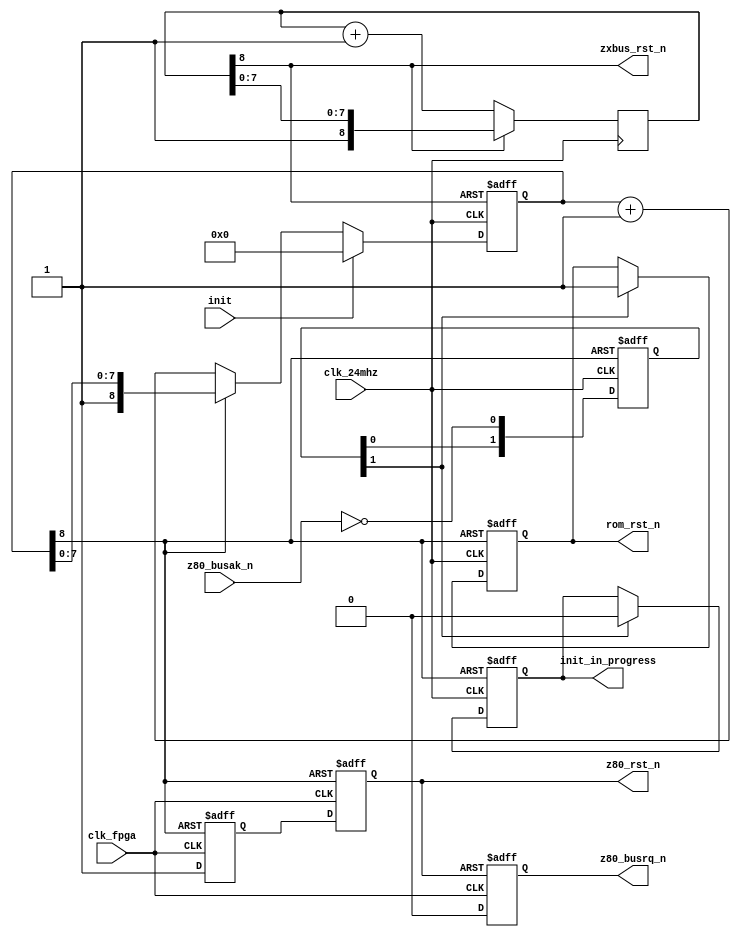
// part of NeoGS flash programmer project (c) 2014 lvd^NedoPC
//
// reset controller

module reset
(
	input  wire clk_fpga,
	input  wire clk_24mhz,

	input  wire init,
	output reg  init_in_progress,

	output wire zxbus_rst_n,
	output reg    rom_rst_n,
	output reg    z80_rst_n,

	output reg  z80_busrq_n,
	input  wire z80_busak_n
);

parameter RST_CNT_SIZE = 8;

	reg [RST_CNT_SIZE:0] poweron_rst_cnt;
	reg [RST_CNT_SIZE:0] rz_rst_cnt;

	wire poweron_rst_n = poweron_rst_cnt[RST_CNT_SIZE];

	wire rz_rst_n = rz_rst_cnt[RST_CNT_SIZE];

	reg z80_rst2;

	reg [1:0] z80_halted;


	// make overall reset from poweron
	//
	initial
		poweron_rst_cnt <= 'd0;
	//
	always @(posedge clk_24mhz)
	if( !poweron_rst_n )
		poweron_rst_cnt <= poweron_rst_cnt + 'd1;


	// make zxbus reset
	assign zxbus_rst_n = poweron_rst_n;


	// make rom/z80 reset
	//
	always @(posedge clk_24mhz, negedge poweron_rst_n)
	if( !poweron_rst_n )
		rz_rst_cnt <= 'd0;
	else if( init )
		rz_rst_cnt <= 'd0;
	else if( !rz_rst_n )
		rz_rst_cnt <= rz_rst_cnt + 'd1;

	// z80 reset
	always @(posedge clk_fpga, negedge rz_rst_n)
	if( !rz_rst_n )
	begin
		z80_rst_n <= 1'b0;
		z80_rst2  <= 1'b0;
	end
	else
	begin
		z80_rst_n <= z80_rst2;
		z80_rst2  <= 1'b1;
	end

	// z80 busrq/busak
	always @(posedge clk_fpga, negedge z80_rst_n)
	if( !z80_rst_n )
		z80_busrq_n <= 1'b1;
	else
		z80_busrq_n <= 1'b0;
	//
	always @(posedge clk_24mhz, negedge rz_rst_n)
	if( !rz_rst_n )
		z80_halted <= 2'b00;
	else
		z80_halted[1:0] <= {z80_halted[0], ~z80_busak_n};


	// rom reset, init_in_progress
	always @(posedge clk_24mhz, negedge rz_rst_n)
	if( !rz_rst_n )
	begin
		rom_rst_n        <= 1'b0;
		init_in_progress <= 1'b1;
	end
	else if( z80_halted[1] )
	begin
		rom_rst_n        <= 1'b1;
		init_in_progress <= 1'b0;
	end


endmodule